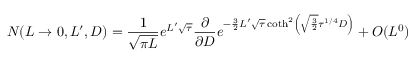
N ( L \to 0 , L ^ { \prime } , D ) = { \frac { 1 } { \sqrt { \pi L } } } e ^ { L ^ { \prime } \sqrt \tau } { \frac { \partial } { \partial D } } e ^ { - { \frac { 3 } { 2 } } L ^ { \prime } \sqrt \tau \coth ^ { 2 } \left( \sqrt { \frac { 3 } { 2 } } \tau ^ { 1 / 4 } D \right) } + O ( L ^ { 0 } )